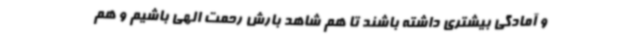
و آمادگی بیشتری داشته باشند تا هم شاهد بارش رحمت الهی باشیم و هم